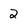
Character: 2